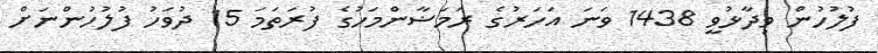
ފުލުހުން ވިދާޅުވީ 1438 ވަނަ އަހަރުގެ ރަމަޟާންމަހުގެ ފުރަތަމަ 15 ދުވަހު ފުލުހުންނަށް